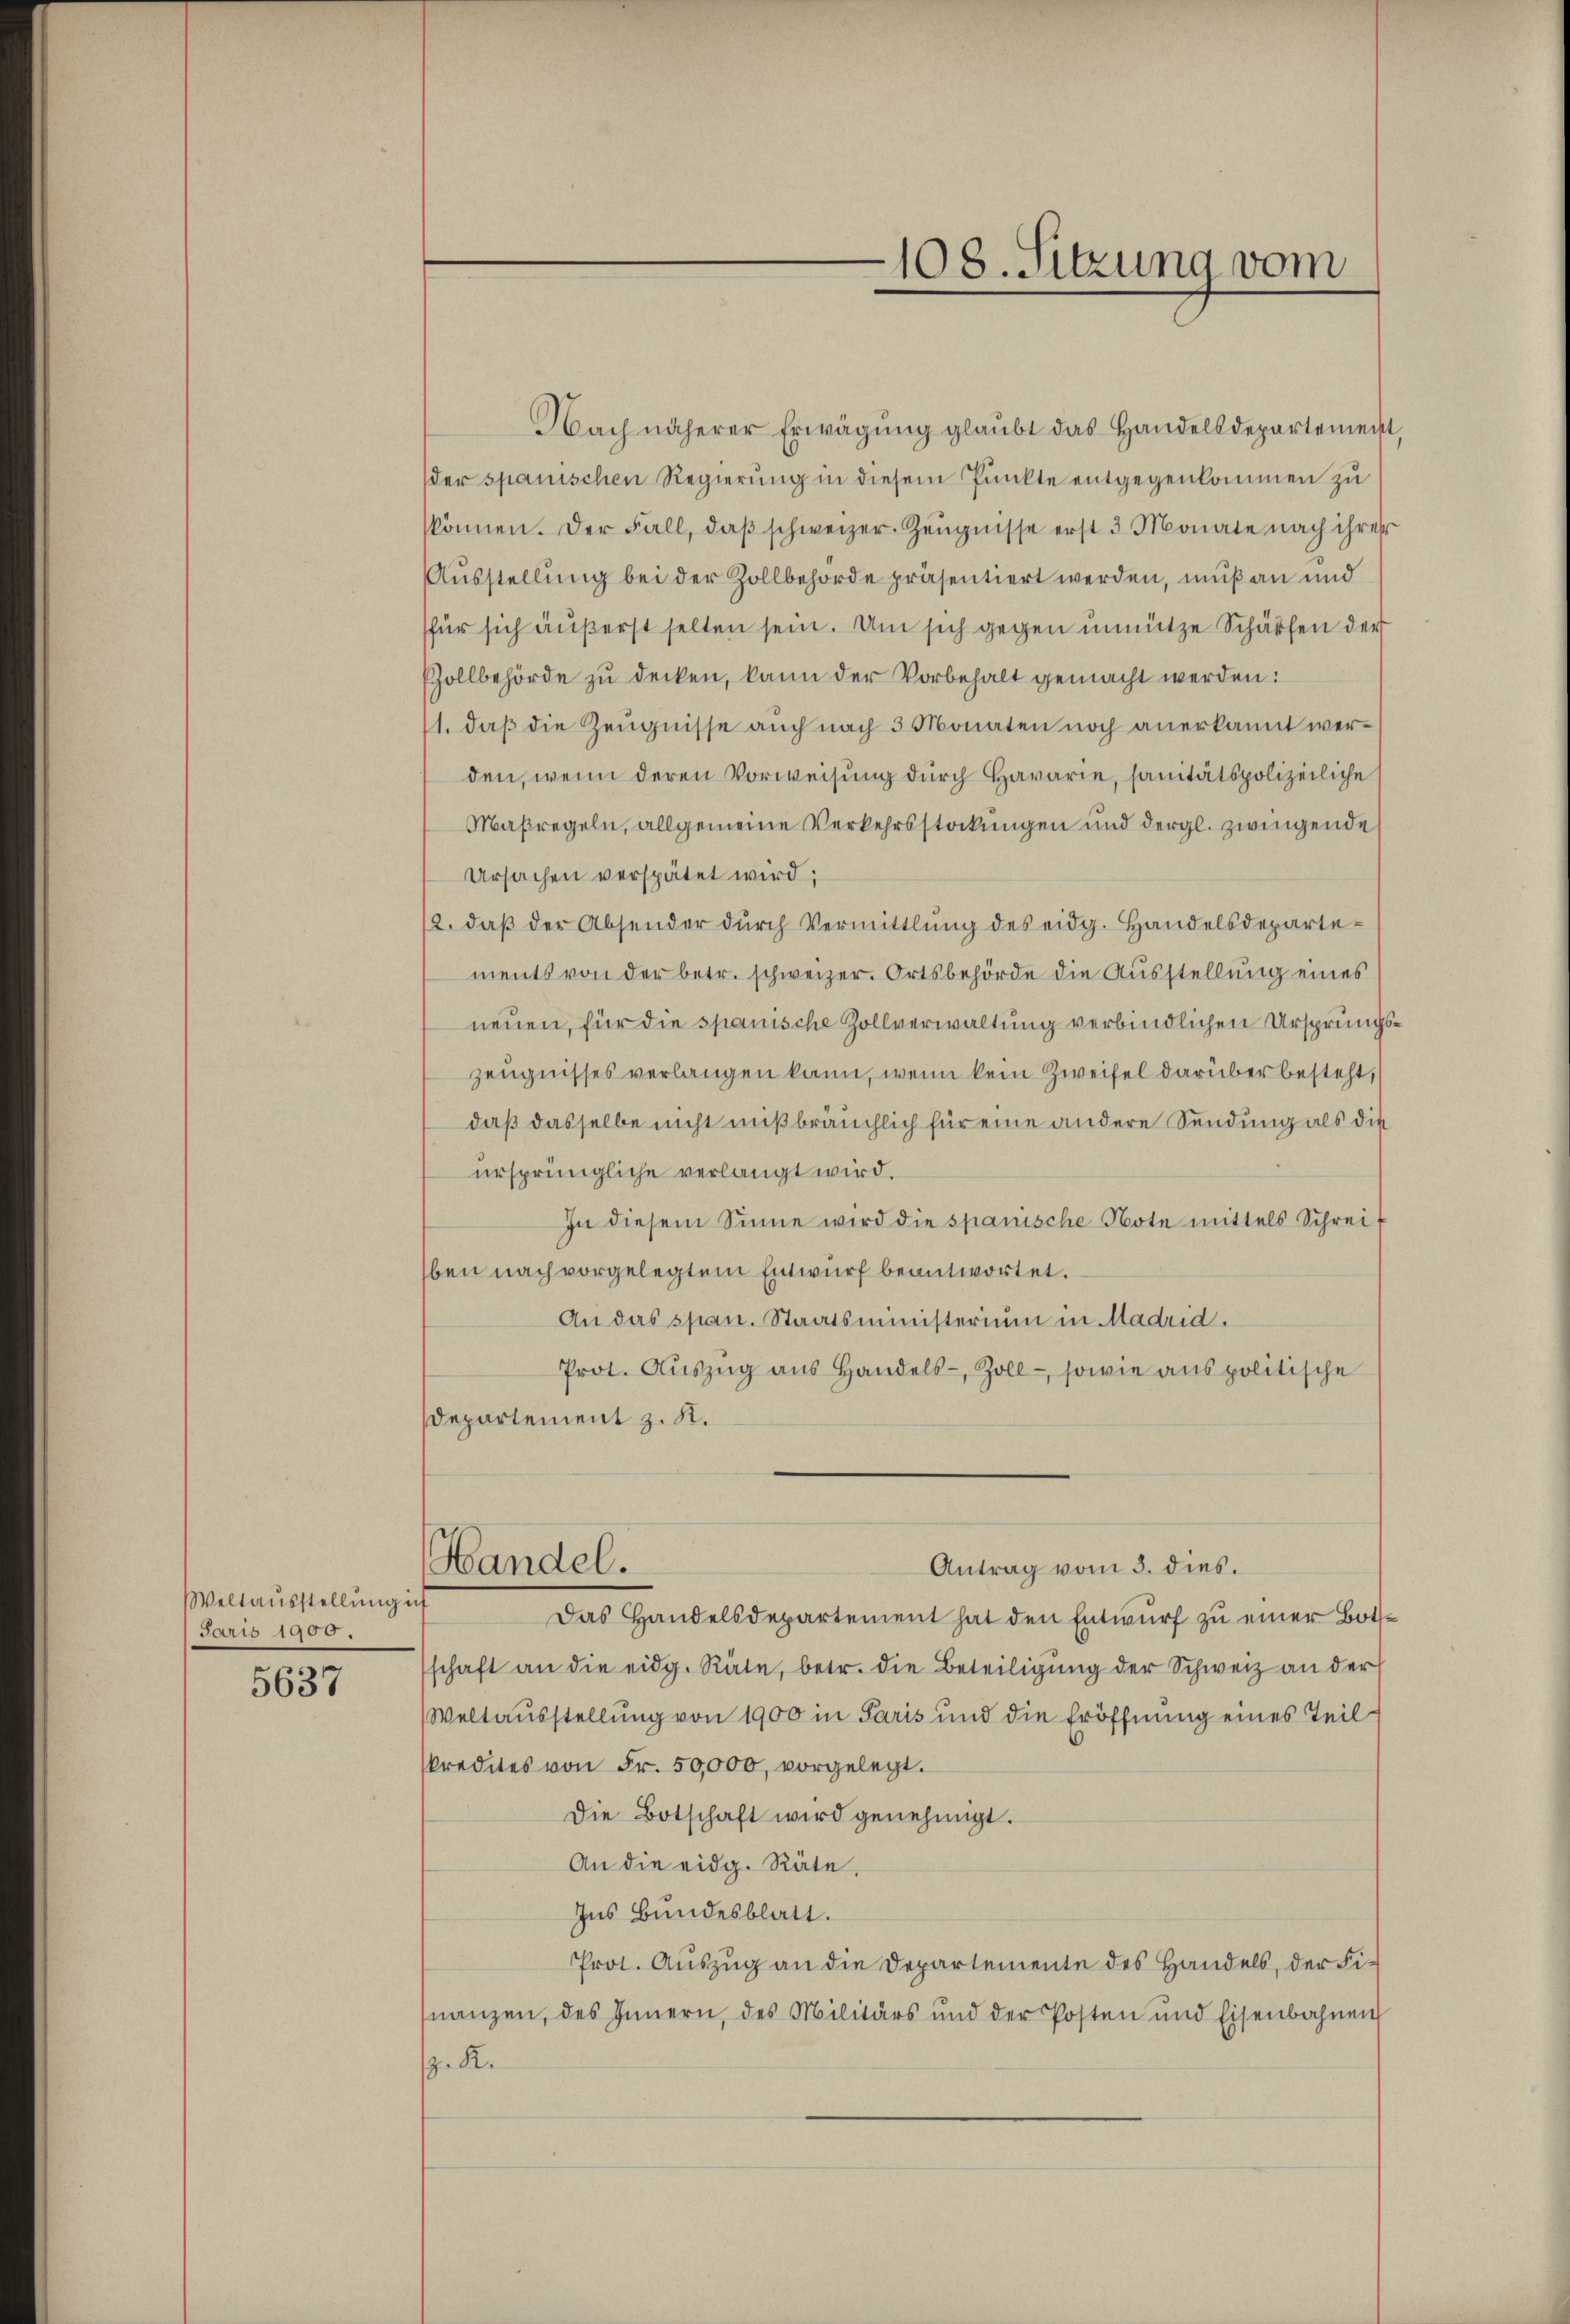
Weltausstellung ich
Jaris 1900.

5637

Nach näherer Erwägŭng glaubt das Handelsdepartement,
der spanischen Regierung in diesem Punkte entgegenkommen zu
skönnen. Der Fall, daß schweizer. Zeugnisse erst 3 Monate nach ihrer
Ausstellung bei der Zollbehörde präsentiert werden, muß an und
für sich äußerst selten sein. Um sich gegen unnütze Schärfen der
Zollbehörde zu decken, kann der Vorbehalt gemacht werden:
11. daß die Zeugnisse auch nach 3 Monaten noch anerkannt werden, wenn deren Vorweisung durch Havarie, sanitätspolizeiliche
Maßregeln, allgemeine Verkehrsstockungen und dergl. zwingende
Ursachen verspätet wird;
2. daβ der Absender dŭrch Vermittlung des eidg. Handelsdepartements von der betr. schweizer. Ortsbehörde die Ausstellung eines
neuen, für die spanische Zollverwaltung verbindlichen Ursprungszeugnisses verlangen kann, wenn kein Zweifel darüber besteht,
daß dasselbe nicht mißbräuchlich für eine andere Sendung als die
ursprüngliche verlangt wird.
In diesem Sinne wird die spanische Note mittels Schrei-
ben nach vorgelegtem Entwurf beantwortet.
An das span. Staatsministerium in Madrid.
Prot. Aŭszŭg aŭs Handels- Zoll- sowie aus politische
Departement z. K.
Handel.
Antrag vom 3. dies.
Das Handelsdepartement hat den Entwurf zu einer Botschaft an die eidg. Räte, betr. die Beteiligŭng der Schweiz an der
Weltausstellung von 1900 in Paris und die Eröffnung eines Teil
Predites von Fr. 50,000, vorgelegt.
Die Botschaft wird genehmigt.
An die eidg. Räte,
Ins Bundesblatt.
Prot. Auszug an die Departemente des Handels, der Finanzen, des Innern, des Militärs und der Posten und Eisenbahnen
. K.

108. Sitzung vom